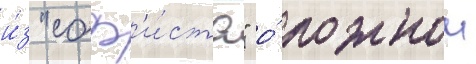
и́з "соф'и́ста" о́ ложнои